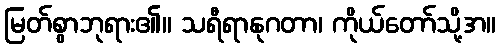
မြတ်စွာဘုရား၏။ သရီရာနုဂတာ၊ ကိုယ်တော်သို့အ။